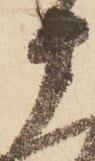
十